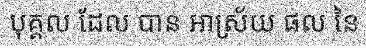
បុគ្គល ដែល បាន អាស្រ័យ ផល នៃ